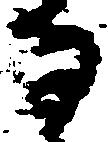
る